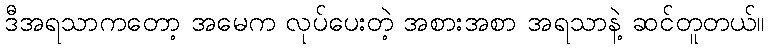
ဒီအရသာကတော့ အမေက လုပ်ပေးတဲ့ အစားအစာ အရသာနဲ့ ဆင်တူတယ်။